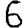
Digit: 6